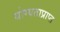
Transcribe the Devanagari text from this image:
योग्यताप्राप्त